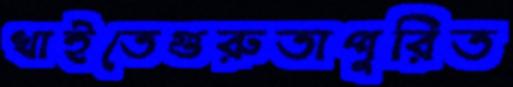
খাইতেগুরুতাপুরিত